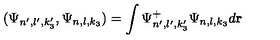
( \Psi _ { n ^ { \prime } , l ^ { \prime } , k _ { 3 } ^ { \prime } } , \Psi _ { n , l , k _ { 3 } } ) = \int \Psi _ { n ^ { \prime } , l ^ { \prime } , k _ { 3 } ^ { \prime } } ^ { + } \Psi _ { n , l , k _ { 3 } } d { \bf r }